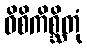
ဝိစိကိစ္ဆိတုံ